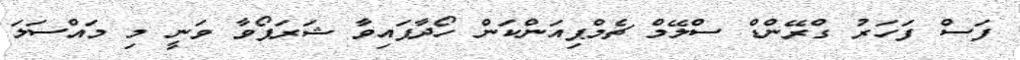
ފަސް ފަހަރު ގްރޭންޑް ސްލޭމް ޗެމްޕިއަންކަން ހޯދާފައިވާ ޝަރަޕޯވާ ވަނީ މި މައްސަލަ